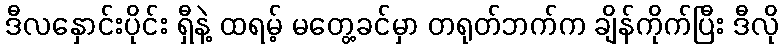
ဒီလနှောင်းပိုင်း ရှီနဲ့ ထရမ့် မတွေ့ခင်မှာ တရုတ်ဘက်က ချိန်ကိုက်ပြီး ဒီလို